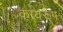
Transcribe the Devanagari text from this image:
कायरूप